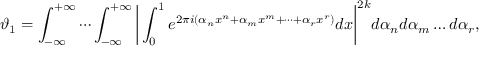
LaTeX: \vartheta _ { 1 } = \int _ { - \infty } ^ { + \infty } \cdots \int _ { - \infty } ^ { + \infty } { \biggl | } \int _ { 0 } ^ { 1 } e ^ { 2 \pi i ( \alpha _ { n } x ^ { n } + \alpha _ { m } x ^ { m } + \cdots + \alpha _ { r } x ^ { r } ) } d x { \biggr | } ^ { 2 k } d \alpha _ { n } d \alpha _ { m } \ldots d \alpha _ { r } ,